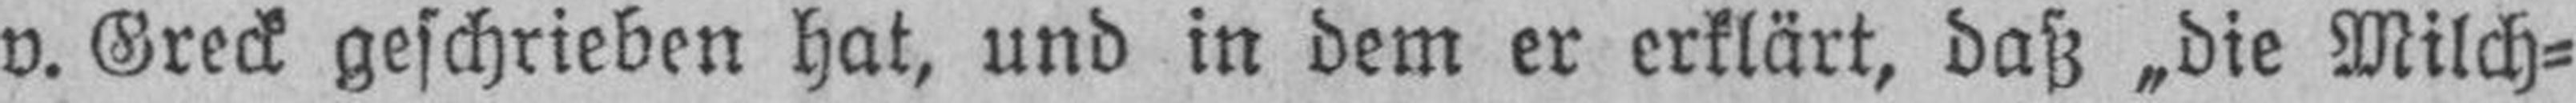
v. Greck geschrieben hat, und in dem er erklärt, daß „die Milch-